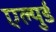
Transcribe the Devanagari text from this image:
एल्युर्ड